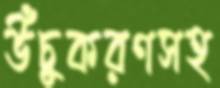
উঁচুকরণসহ